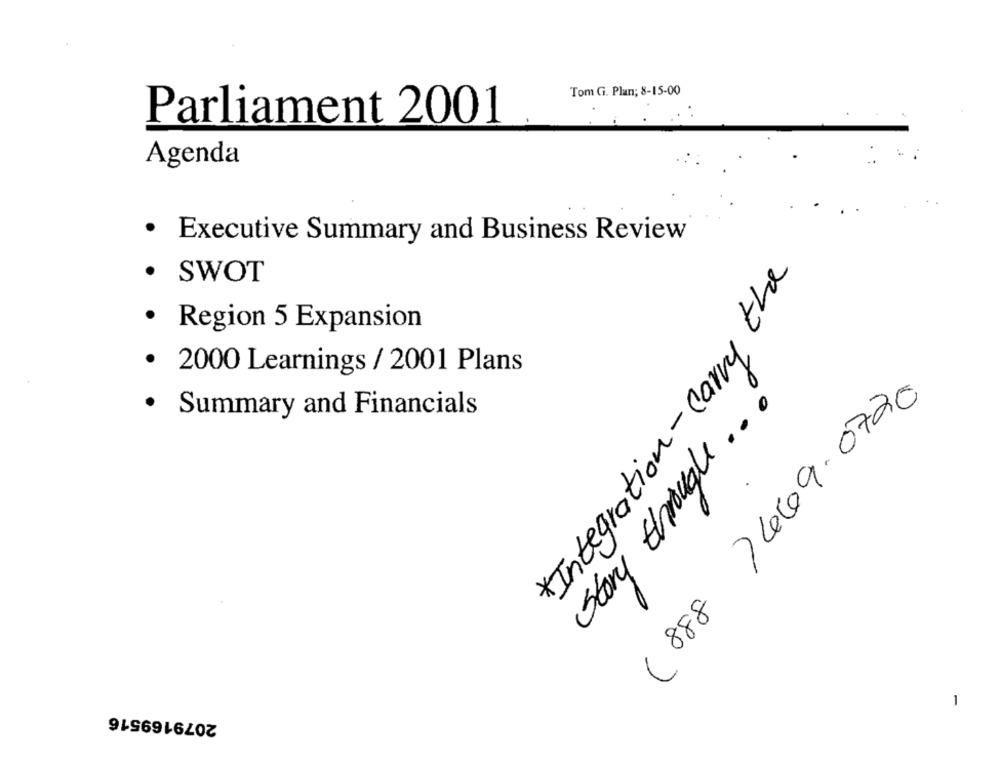
Tom Gi. Plan; 8-15-00
Parliament 2001
Agenda
· Executive Summary and Business Review
Integration-carry the
SWOT
Region 5 Expansion
· 2000 Learnings / 2001 Plans
Story through ...
(888 ) 449- 0720
.
Summary and Financials
1
2079169516